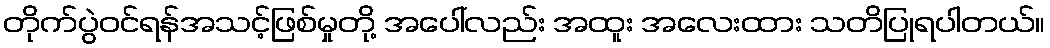
တိုက်ပွဲဝင်ရန်အသင့်ဖြစ်မှုတို့ အပေါ်လည်း အထူး အလေးထား သတိပြုရပါတယ်။